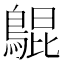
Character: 𪂳